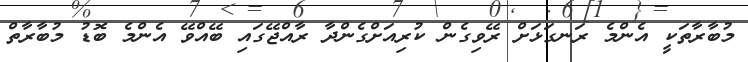
މުބާރާތަކީ އެންމެ ރަނގަޅަށް ރޭވިގެން ކުރިއަށްގެންދާ ރާއްޖޭގައި ބޭއްވޭ އެންމެ ބޮޑު މުބާރާތް